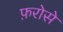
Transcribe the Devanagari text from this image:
फ़रोसे